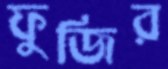
ফুজির